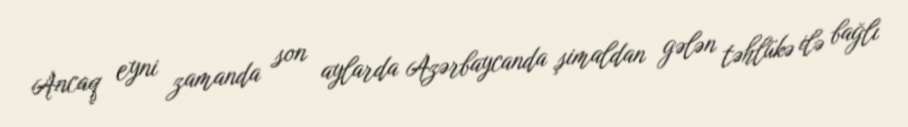
Ancaq eyni zamanda son aylarda Azərbaycanda şimaldan gələn təhlükə ilə bağlı